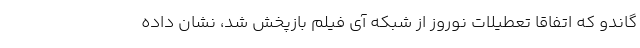
گاندو که اتفاقا تعطیلات نوروز از شبکه آی فیلم بازپخش شد، نشان داده